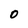
Character: O